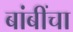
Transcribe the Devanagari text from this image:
बांबींचा